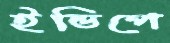
ইন্ডিপে